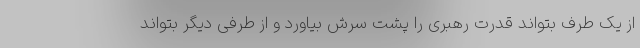
از یک طرف بتواند قدرت رهبری را پشت سرش بیاورد و از طرفی دیگر بتواند